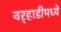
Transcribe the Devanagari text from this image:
वर्‍हाडीमध्ये